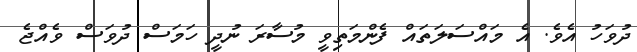
ދުވަހު އެވެ. އެ މައްސަލަތައް ފެންމަތިވީ މުސާރަ ނުދީ ހަމަސް ދުވަސް ވެއްޖެ